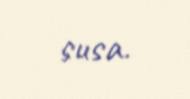
susa.